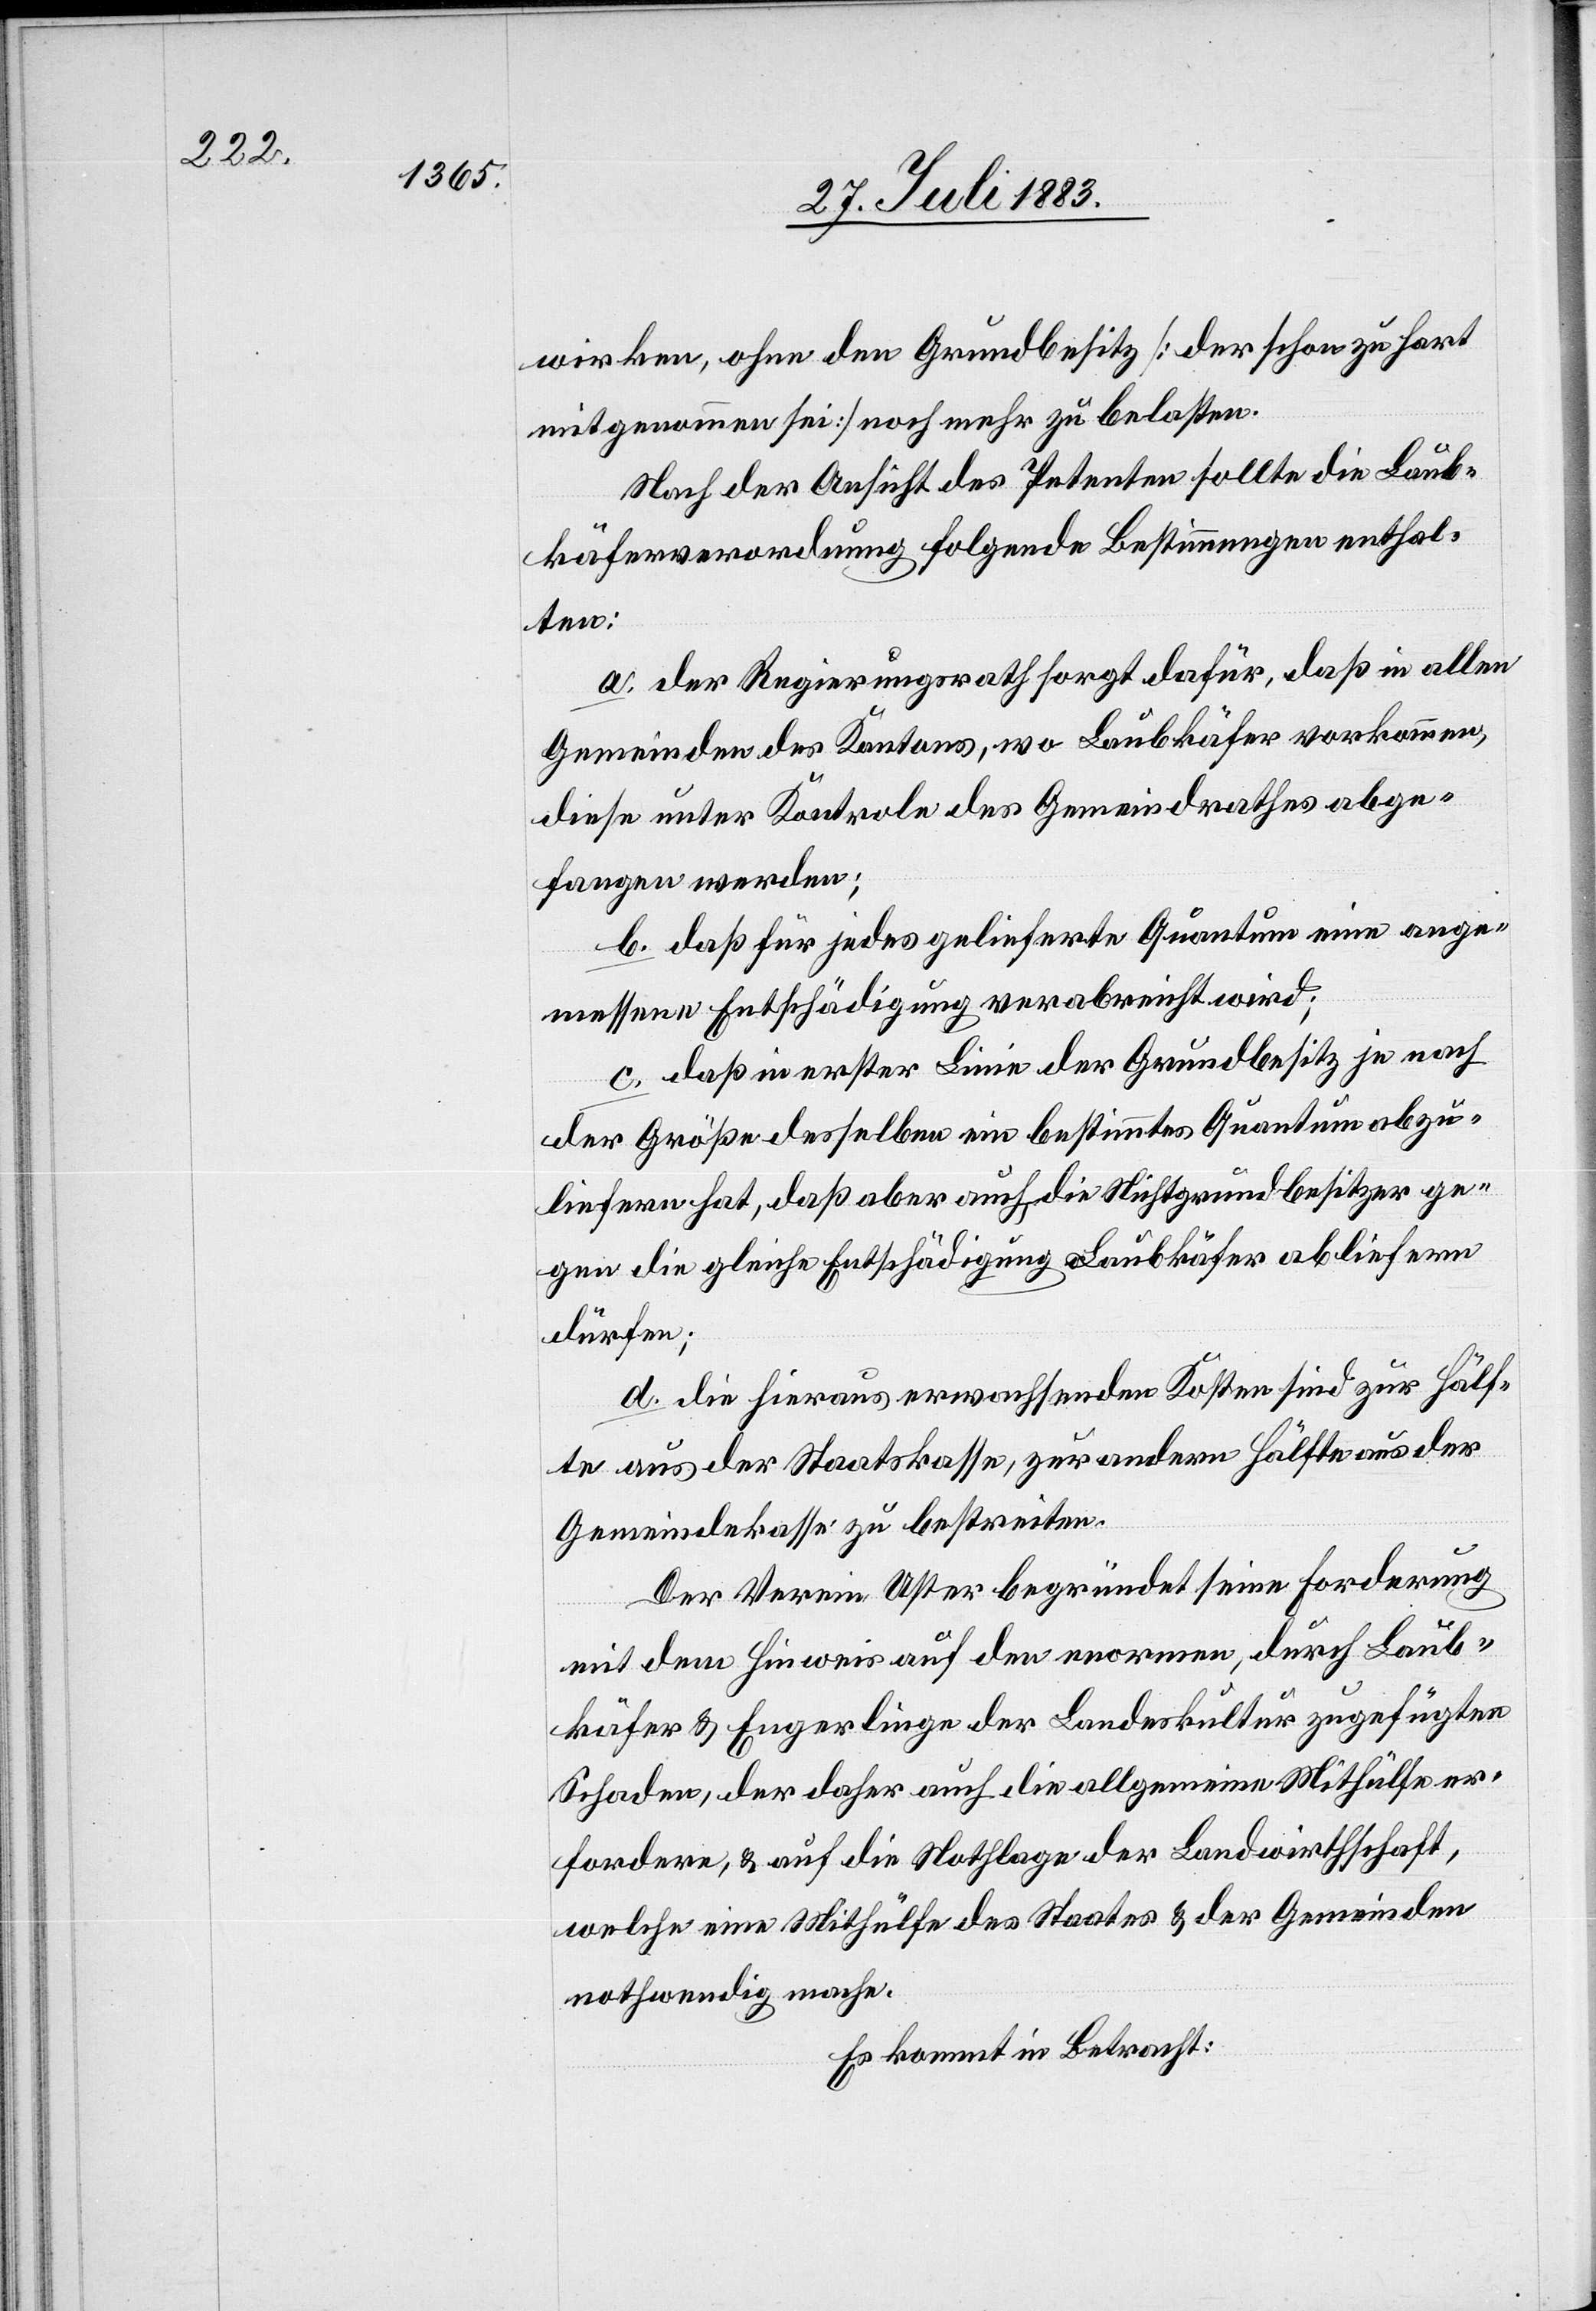
wirken, ohne den Grundbesitz [der schon zu hart
mitgenommen sei] noch mehr zu belasten.
Nach der Ansicht des Petenten sollte die Laub¬
käferverordnung folgende Bestimmungen enthal¬
ten:
a. der Regierungsrath sorgt dafür, daß in allen
Gemeinden des Kantons, wo Laubkäfer vorkommen,
diese unter Kontrole des Gemeindrathes abge¬
fangen werden;
b. daß für jedes gelieferte Quantum eine ange¬
messene Entschädigung verabreicht wird;
c. daß in erster Linie der Grundbesitz je nach
der Größe desselben ein bestimmtes Quantum abzu¬
liefern hat, daß aber auch die Nichtgrundbesitzer ge¬
gen die gleiche Entschädigung Laubkäfer abliefern
dürfen;
d. die hieraus erwachsenden Kosten sind zur Hälf¬
te aus der Staatskasse, zur andern Hälfte aus der
Gemeindekasse zu bestreiten.
Der Verein Uster begründet seine Forderung
mit dem Hinweis auf den enormen, durch Laub¬
käfer & Engerlinge der Landeskultur zugefügten
Schaden, der daher auch die allgemeine Mithülfe er¬
fordere, & auf die Nothlage der Landwirthschaft,
welche eine Mithülfe des Staates & der Gemeinde
nothwendig mache.
Es kommt in Betracht: